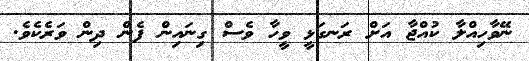
ނޭވާހިއްލާ ކުއްޖާ އަށް ރަނގަޅީ ވީހާ ވެސް ގިނައިން ފެން ދިން ވަރެކެވެ.